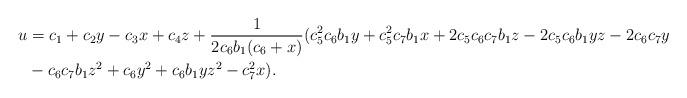
LaTeX: \begin{align*} u&=c_1+c_2y-c_3x+c_4z+ \frac{1}{2c_6b_1(c_6 + x)}(c_5^2 c_6b_1y + c_5^2 c_7b_1x + 2c_5c_6c_7b_1z - 2c_5c_6b_1yz - 2c_6c_7y\\ &- c_6c_7b_1z^2+ c_6y^2 + c_6b_1yz^2 - c_7^2 x).\end{align*}